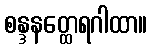
စန္ဒနတ္ထေရဂါထာ။